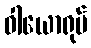
ဝါယောရုပ်